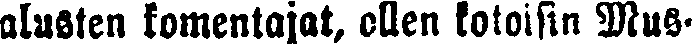
alusten komentajat, ollen kotoisin Mus-